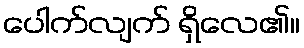
ပေါက်လျက် ရှိလေ၏။